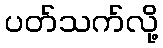
ပတ်သက်လို့